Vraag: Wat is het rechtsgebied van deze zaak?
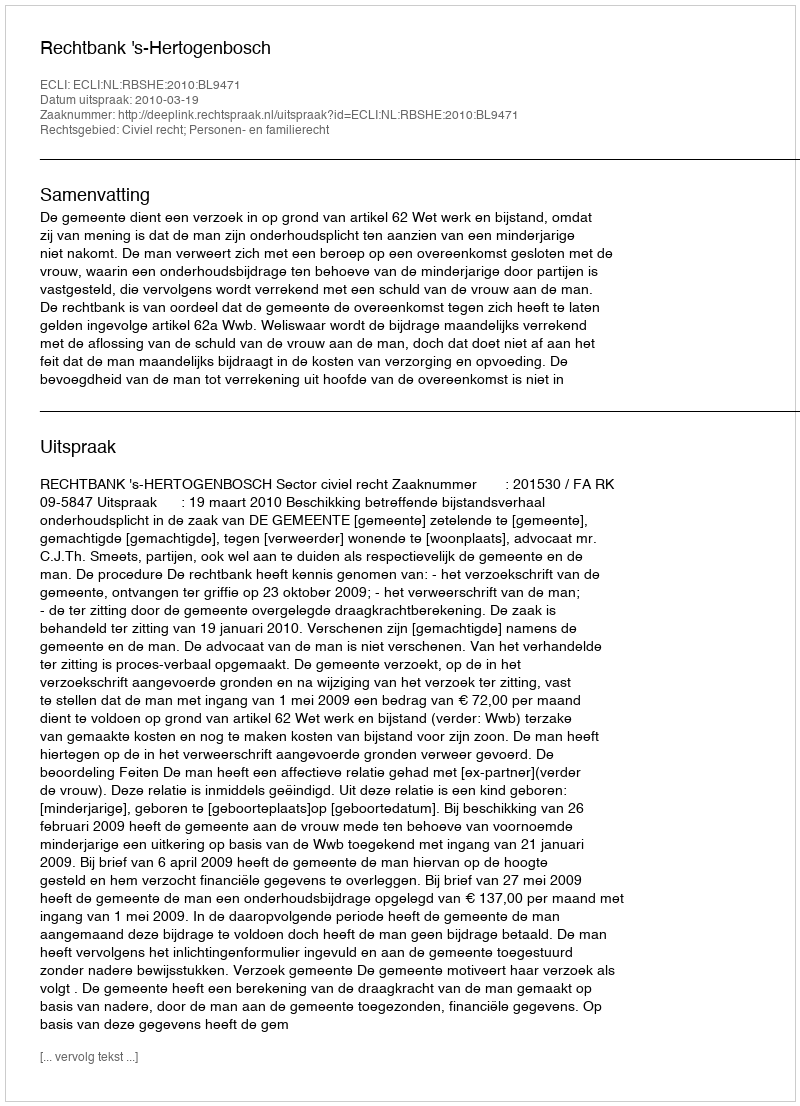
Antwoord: Civiel recht; Personen- en familierecht